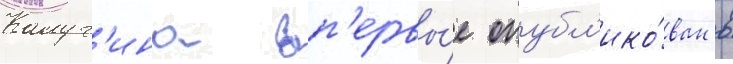
Калуг'ина вп'ервы́е опубл'ико́ван в